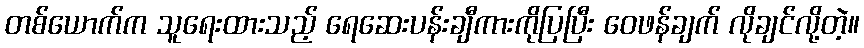
တစ်ယောက်က သူရေးထားသည့် ရေဆေးပန်းချီကားကိုပြပြီး ဝေဖန်ချက် လိုချင်လို့တဲ့။